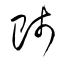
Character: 師